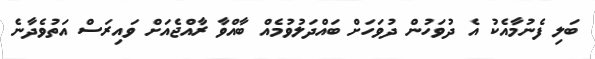
ބަލި ފެނުމާއެކު އެ ދުވަހުން ދުވަަހަށް ބައްދަލުވުމެއް ބާއްވާ ރާއްޖެއަށް ވައިރަސް އަތުވެދާނެ